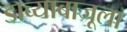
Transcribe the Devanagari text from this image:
डाव्याबाजूला